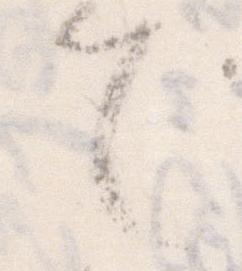
て